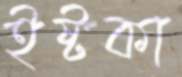
ইষ্টকা